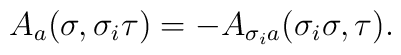
A_a(\sigma,\sigma_i\tau)=-A_{\sigma_ia}(\sigma_i\sigma,\tau).